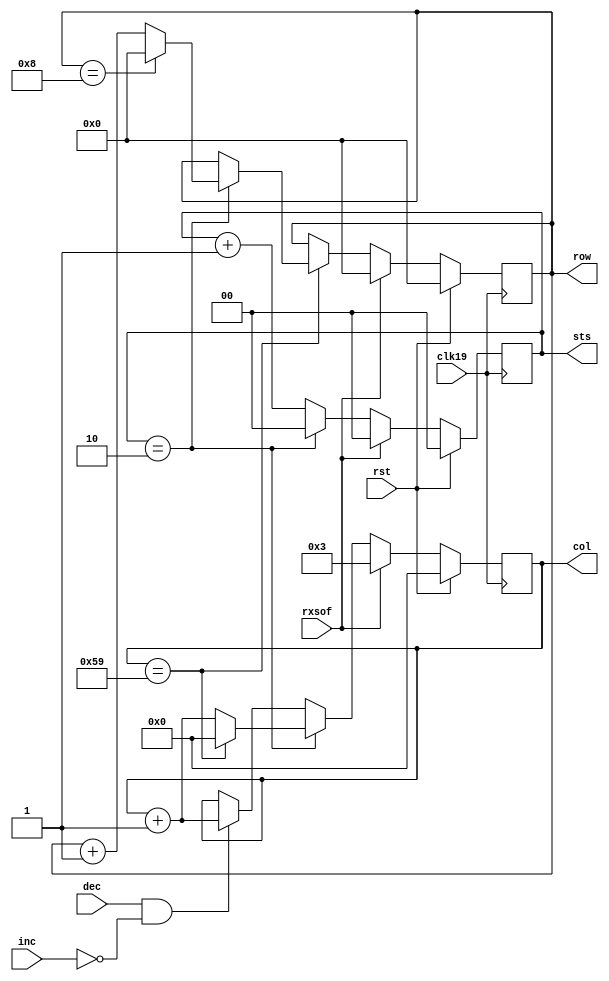
// Description  : read write row column counter
////////////////////////////////////////////////////////////////////////////////

module rwrccnt
    (
     clk19,
     rst,

     rxsof,
     
     row,
     col,
     sts,
     
     inc,// from AU4
     dec
     );

////////////////////////////////////////////////////////////////////////////////
// Parameter declarations

parameter RWID = 4,
          CWID = 7,
          SWID = 2,
          MAXROW = 9,
          MAXCOL = 90,
          MAXSTS = 3,
          RESETVALUE = 0;

////////////////////////////////////////////////////////////////////////////////
// Port declarations

input clk19;
input rst;

input rxsof;

output [RWID-1:0] row;
output [CWID-1:0] col;
output [SWID-1:0] sts;

input             inc;
input             dec;

////////////////////////////////////////////////////////////////////////////////
// Output declarations

reg [RWID-1:0]    row;
reg [CWID-1:0]    col;
reg [SWID-1:0]    sts;
////////////////////////////////////////////////////////////////////////////////
// Local logic and instantiation

reg [2:0]         cnt; // count bytes since inc

always@(posedge clk19)
    begin
    if(rst)
        begin
        row <= RESETVALUE;
        col <= RESETVALUE;
        sts <= RESETVALUE;
        cnt <= RESETVALUE;
        end
    else if (rxsof)
        begin
        row <= RESETVALUE;
        col <= 7'd3;
        sts <= RESETVALUE;
        cnt <= RESETVALUE;
        end
    else
        begin
        cnt <= ((inc && !dec) || (cnt))? cnt + 1: cnt;
        
        row <= (col == MAXCOL-1)?
               (sts == MAXSTS-1)?
               (row == MAXROW-1)? RESETVALUE : row + 1 : row : row;
        
        
        col <= (sts == MAXSTS-1)? 
               (col == MAXCOL-1)? RESETVALUE : col + 1 :
               (dec && !inc)? col + 1: // next 3 bytes is data
               ((cnt >= 3'd3) && (cnt <= 3'd5))? col : col; // ignore dummy info
             
        sts <= (sts == MAXSTS-1)? RESETVALUE:sts + 1;
        end
    end

endmodule